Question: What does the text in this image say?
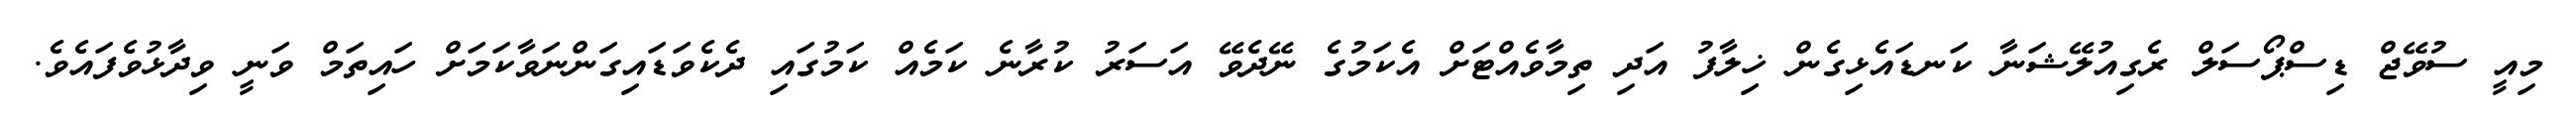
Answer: މިއީ ސުވޭޖް ޑިސްޕޯސަލް ރެގިއުލޭޝަނާ ކަނޑައެޅިގެން ޚިލާފު އަދި ތިމާވެއްޓަށް އެކަމުގެ ނޭދެވޭ އަސަރު ކުރާނެ ކަމެއް ކަމުގައި ދެކެވަޑައިގަންނަވާކަމަށް ހައިތަމް ވަނީ ވިދާޅުވެފައެވެ.